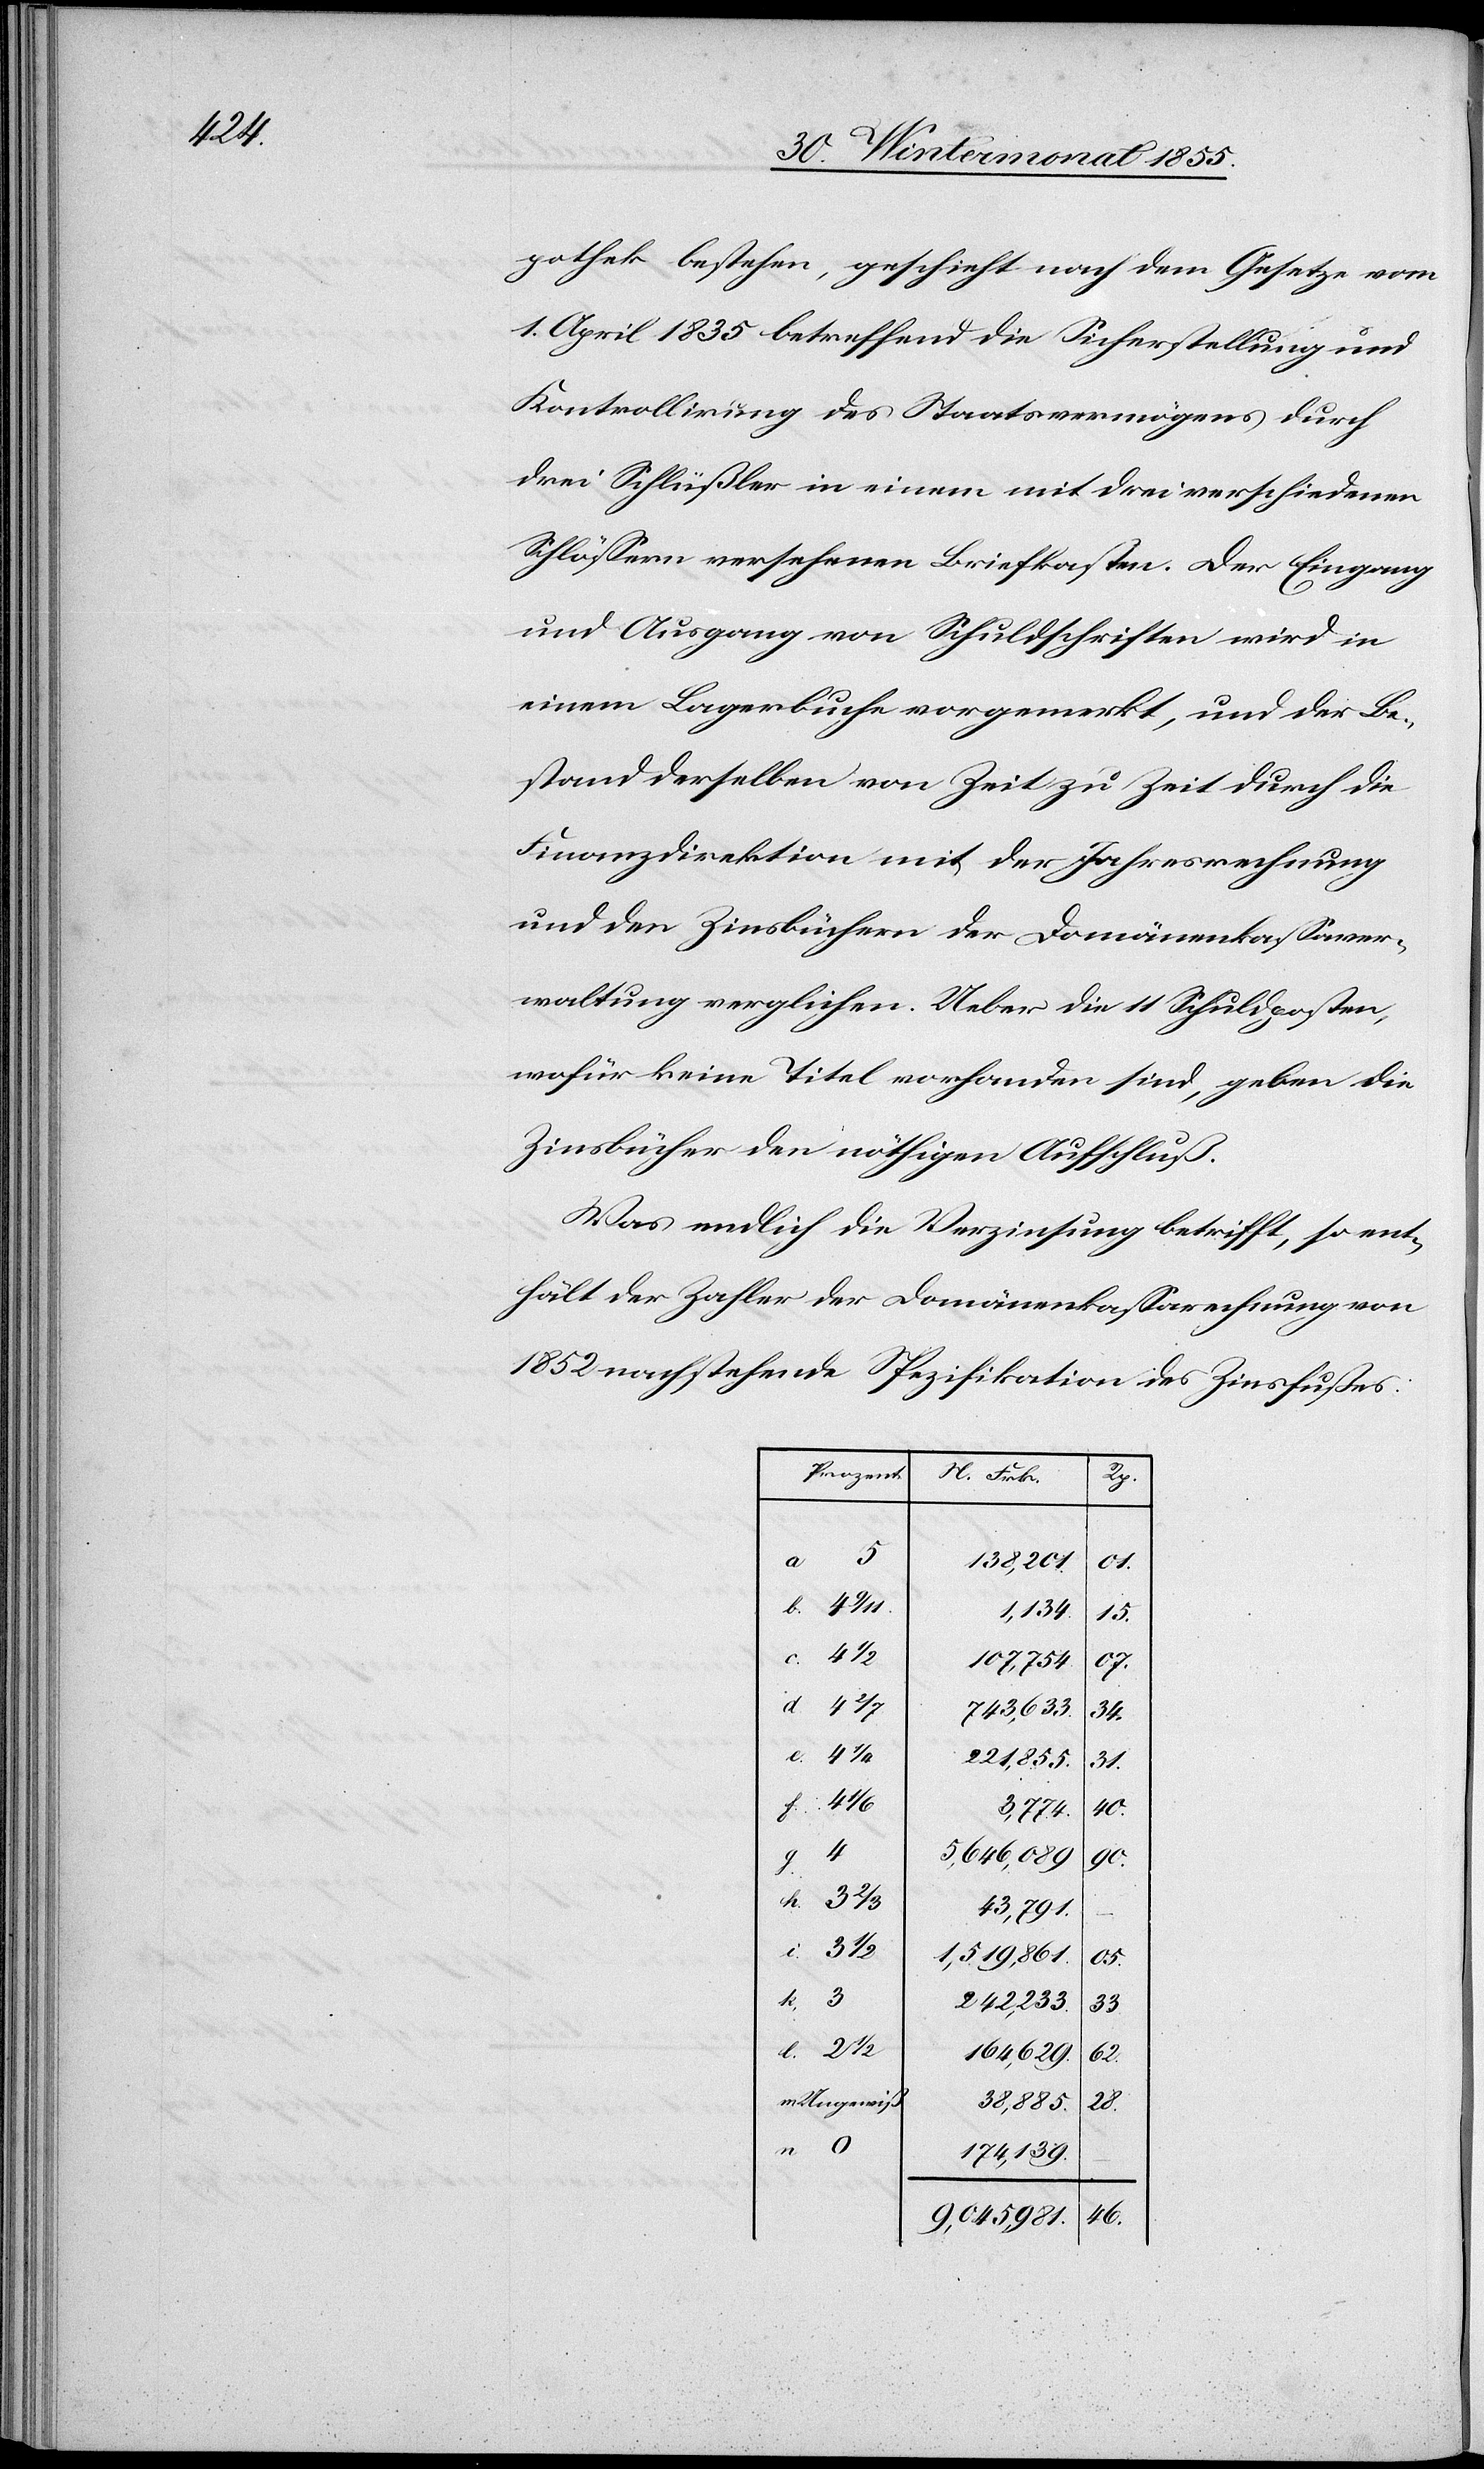
pothek bestehen, geschieht nach dem Gesetze vom
1. April 1835 betreffend die Sicherstellung und
Kontrollirung des Staatsvermögens durch
drei Schlüßler in einem mit drei verschiedenen
Schlössern versehenen Briefkasten. Der Eingang
und Ausgang von Schuldschriften wird in
einem Lagerbuche vorgemerkt, und der Be¬
stand derselben von Zeit zu Zeit durch die
Finanzdirektion mit der Jahresrechnung
und den Zinsbüchern der Domänenkassaver¬
waltung verglichen. Ueber die 11 Schuldposten,
wofür keine Titel vorhanden sind, geben die
Zinsbücher den nöthigen Aufschluß.
Was endlich die Verzinsung betrifft, so ent¬
hält der Zahler der Domänenkassarechnung von
1852 nachstehende Spezifikation des Zinsfußes:
Prozent.
N. Frk.
g.
a 5
138,201
01.
b.
1,134.
15.
3 1/2.
c.
07.
107,754
743,633.
34.
e.
4 1/4.
221,855.
31.
f. 4 1/6.
4
3,774.
5,646,089
90.
h. 3 2/3.
43,791.
i.
1,519,861.
05.
k. 3
242,233.
33.
l. 2 1/2.
164,629.
62.
m. Ungewiß
38,885.
28.
n. 0
174,139.
46.
9,045,981.